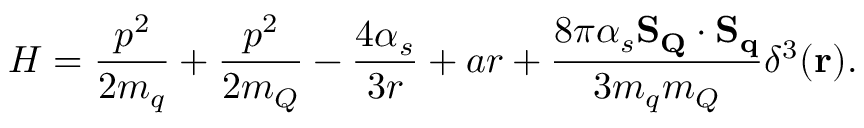
{ \cal H } = { \frac { p ^ { 2 } } { 2 m _ { q } } } + { \frac { p ^ { 2 } } { 2 m _ { Q } } } - { \frac { 4 \alpha _ { s } } { 3 r } } + a r + { \frac { 8 \pi \alpha _ { s } \mathbf { S _ { Q } } \cdot \mathbf { S _ { q } } } { 3 m _ { q } m _ { Q } } } \delta ^ { 3 } ( \mathbf { r } ) .